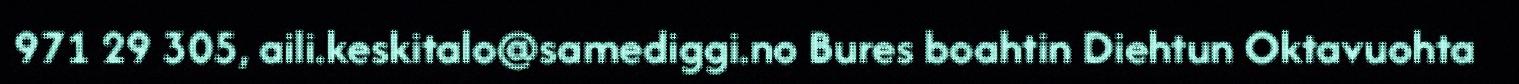
971 29 305, aili.keskitalo@samediggi.no Bures boahtin Diehtun Oktavuohta